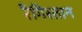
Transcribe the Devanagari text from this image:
रैगिस्तान